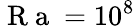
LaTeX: \mathrm{~R~a~}=10^{8}